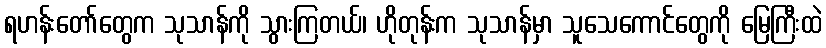
ရဟန်းတော်တွေက သုသာန်ကို သွားကြတယ်၊ ဟိုတုန်းက သုသာန်မှာ သူသေကောင်တွေကို မြေကြီးထဲ